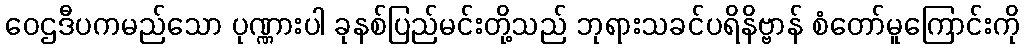
ဝေဌဒီပကမည်သော ပုဏ္ဏားပါ ခုနစ်ပြည်မင်းတို့သည် ဘုရားသခင်ပရိနိဗ္ဗာန် စံတော်မူကြောင်းကို